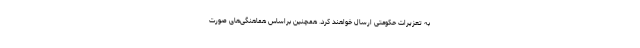
به تعزیرات حکومتی ارسال خواهند کرد. همچنین براساس هماهنگی‌های صورت